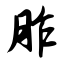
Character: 胙